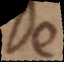
De